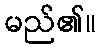
မည်၏။